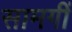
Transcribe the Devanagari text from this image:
सामगीं